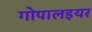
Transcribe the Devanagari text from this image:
गोपालइयर